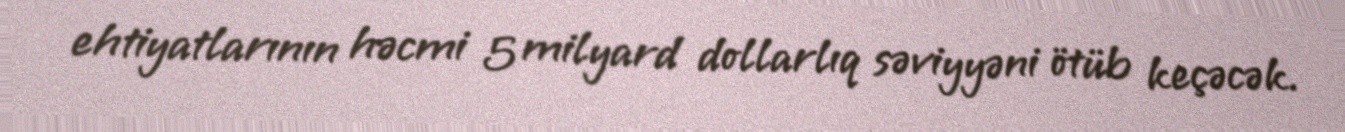
ehtiyatlarının həcmi 5 milyard dollarlıq səviyyəni ötüb keçəcək.